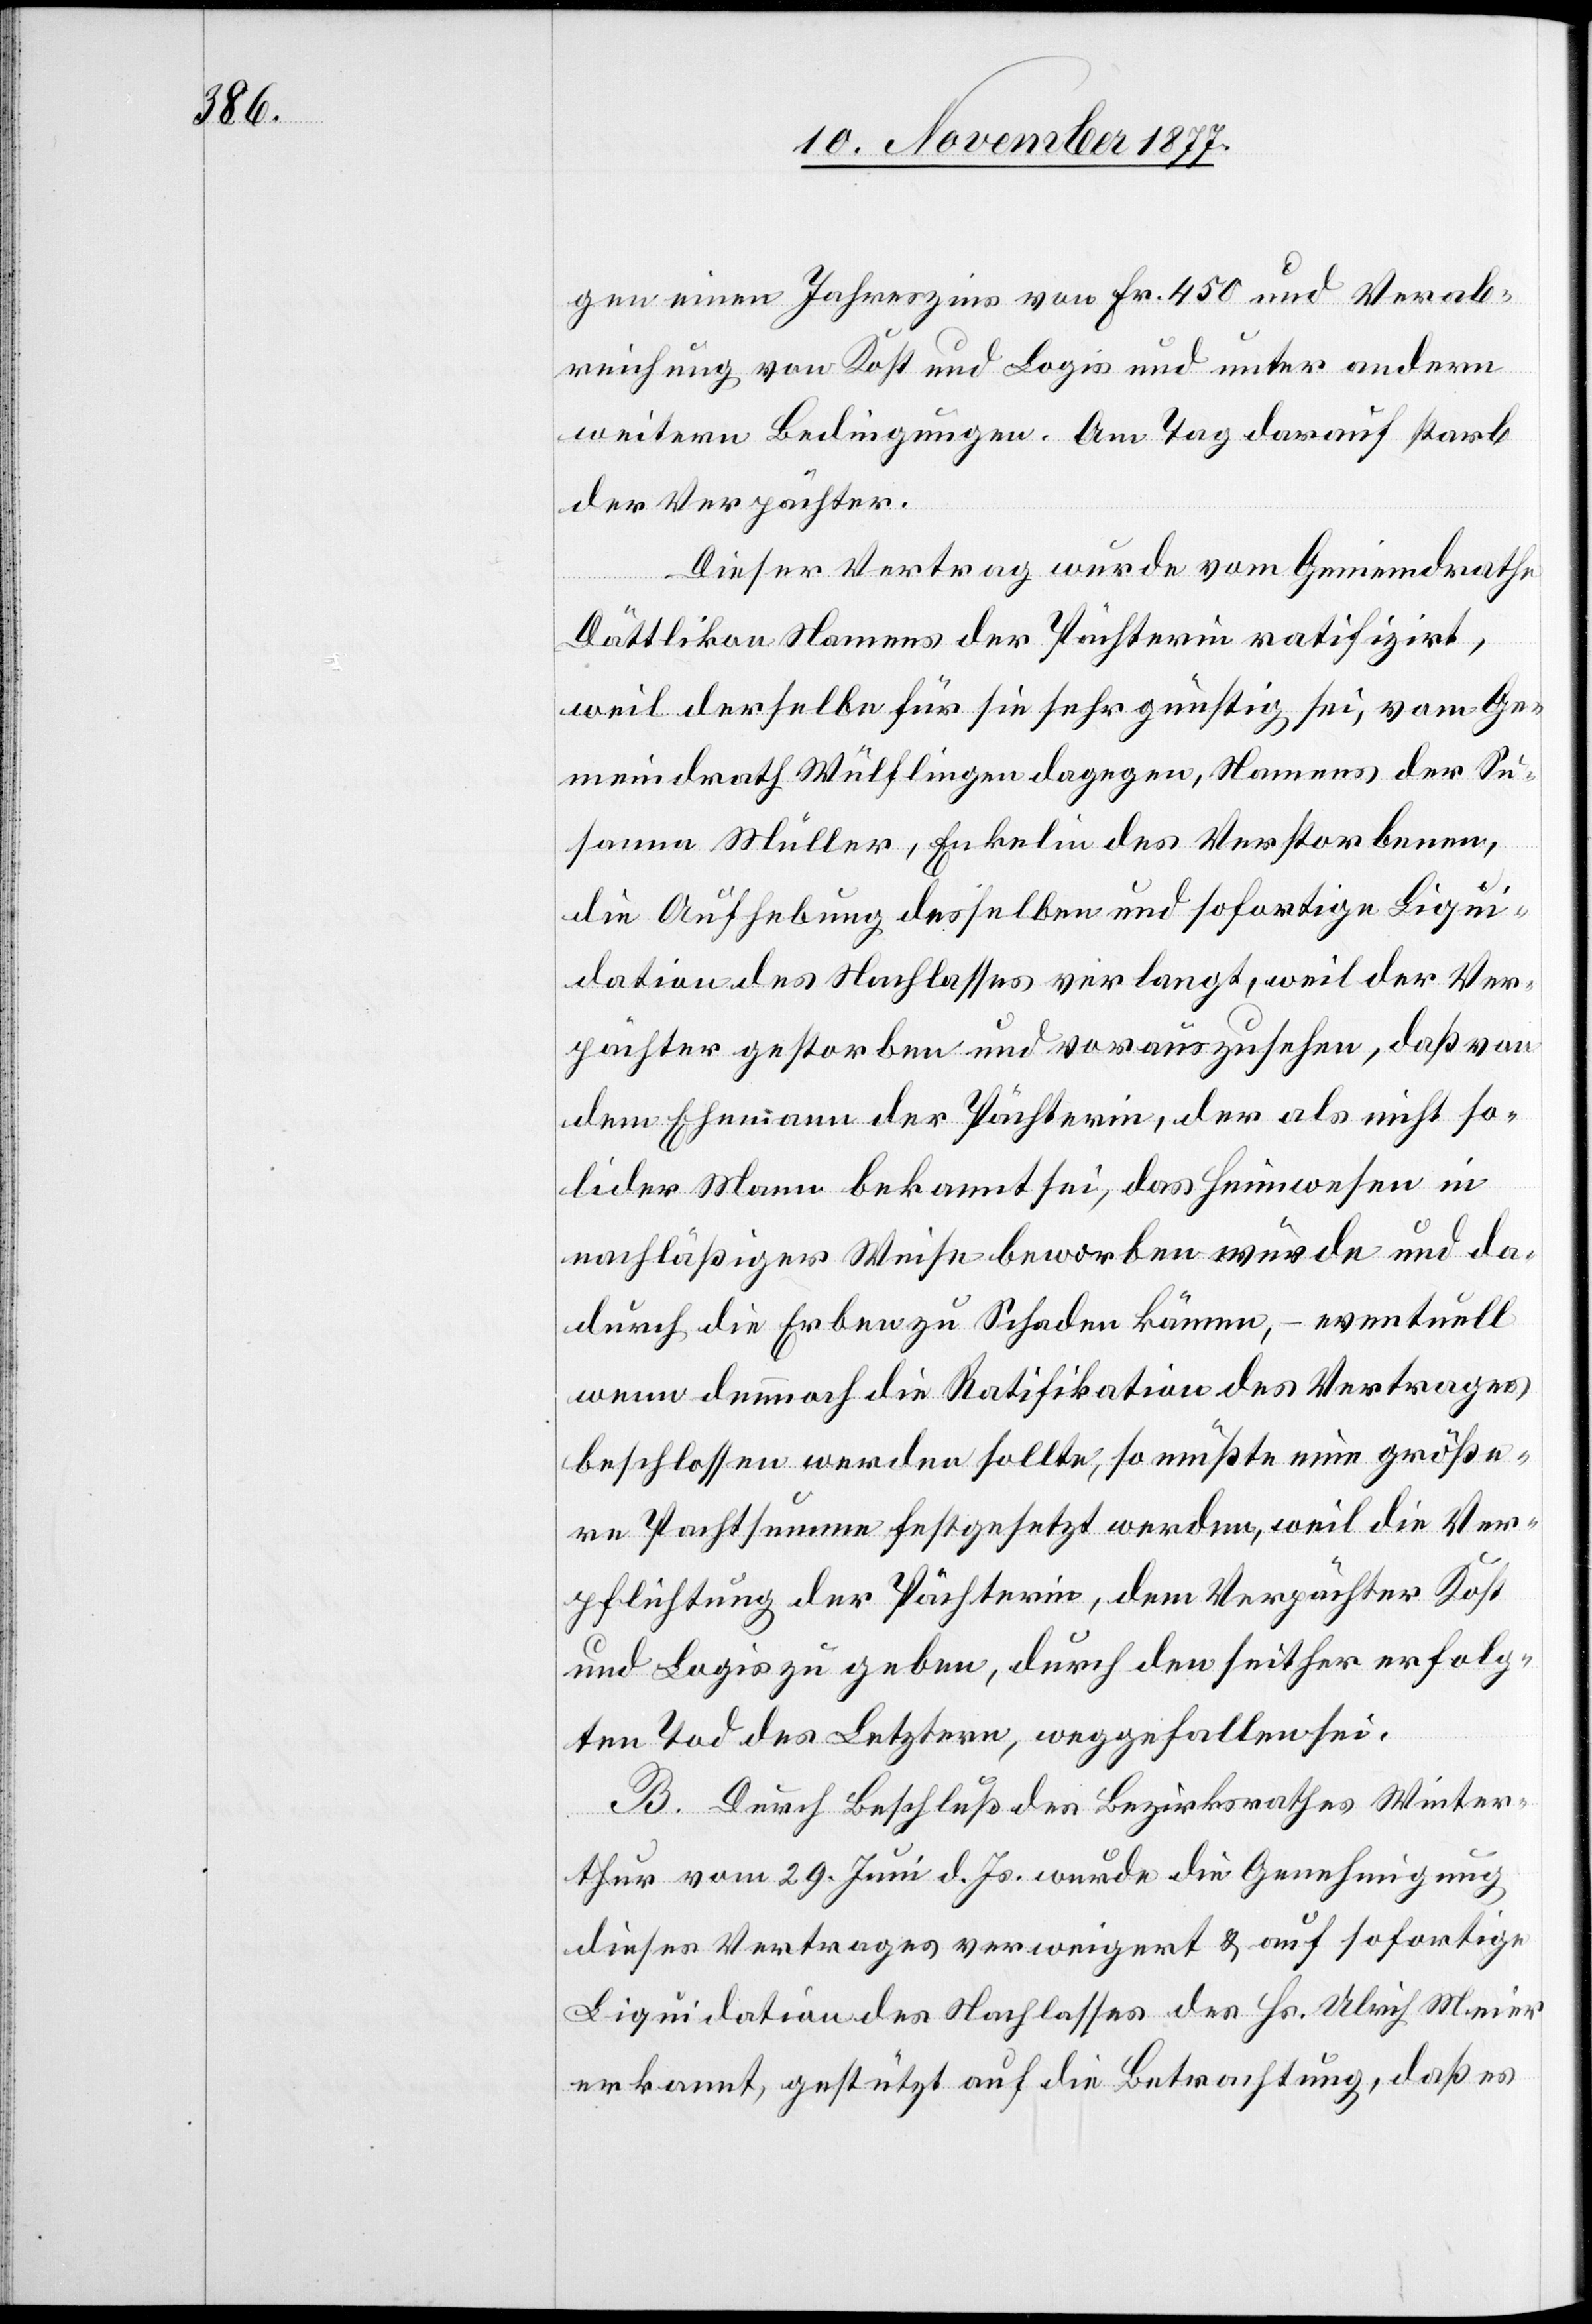
gen einen Jahreszins von Fr. 450 und Verab¬
reichung von Kost und Logis und unter andern
weitern Bedingungen. Am Tag darauf starb
der Verpächter.
Dieser Vertrag wurde vom Gemeindrathe
Dättlikon Namens der Pächterin ratifizirt,
weil derselbe für sie sehr günstig sei, vom Ge¬
meindrath Wülflingen dagegen, Namens der Su¬
sanna Müller, Enkelin des Verstorbenen,
die Aufhebung desselben und sofortige Liqui¬
dation des Nachlasses verlangt, weil der Ver¬
pächter gestorben und vorauszusehen, daß von
dem Ehemann der Pächterin, der als nicht so¬
lider Mann bekannt sei, das Heimwesen in
nachläßiger Weise beworben würde und da¬
durch die Erben zu Schaden kämen, – eventuell
wenn dennnoch die Ratifikation des Vertrages
beschlossen werden sollte, so müßte eine größe¬
re Pachtsumme festgesetzt werden, weil die Ver¬
pflichtung der Pächterin, dem Verpächter Kost
und Logis zu geben, durch den seither erfolg¬
ten Tod des Letztern, weggefallen sei.
B. Durch Beschluß des Bezirksrathes Winter¬
thur vom 29. Juni d. Js. wurde die Genehmigung
dieses Vertrages verweigert & auf sofortige
Liquidation des Nachlasses des Hs. Ulrich Meier
erkannt, gestützt auf die Betrachtung, daß es